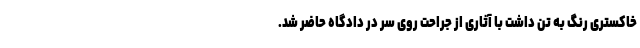
خاکستری رنگ به تن داشت با آثاری از جراحت روی سر در دادگاه حاضر شد.